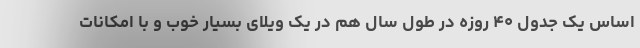
اساس یک جدول ۴۰ روزه در طول سال هم در یک ویلای بسیار خوب و با امکانات